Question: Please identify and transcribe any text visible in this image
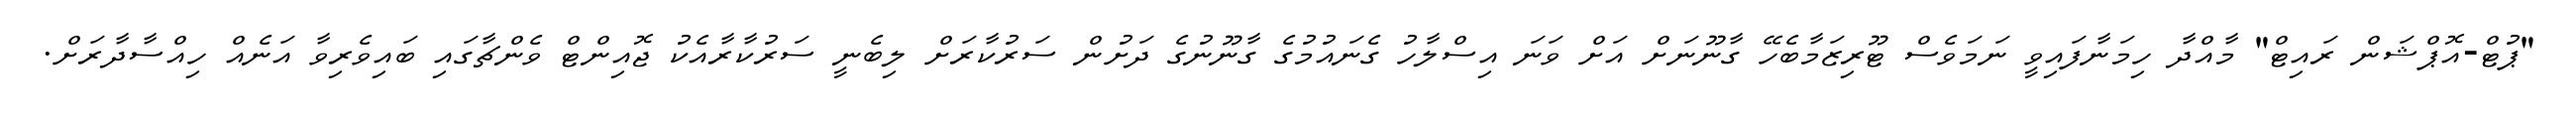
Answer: "ޕުޓް-އޮޕްޝަން ރައިޓް" މާއްދާ ހިމަނާފައިވީ ނަމަވެސް ޓޫރިޒަމާބެހޭ ގާނޫނަށް އަށް ވަނަ އިސްލާހު ގެނައުމުގެ ގާނޫނުގެ ދަށުން ސަރުކާރަށް ލިބެނީ ސަރުކާރާއެކު ޖޮއިންޓް ވެންޗާގައި ބައިވެރިވާ އަނެއް ހިއްސާދާރަށް.